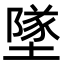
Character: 墜